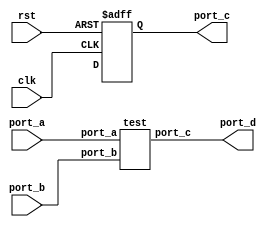
module SIG_NO_HIER (port_a, port_b, clk,rst,port_c,port_d); 
   input port_a, port_b, clk,rst;
   output reg port_c;
   output port_d;

   test t1(.port_a(port_a), .port_b(port_b), .port_c(port_d)); 
   always@(posedge clk or negedge rst)
   begin
      if(~rst)
      port_c <= 1'b0;
      else   
      port_c <= t1.port_a;
   end
endmodule  

module test(port_a, port_b,port_c); 
   input port_a, port_b;
   output port_c;  
   assign port_c = port_a & port_b; 
endmodule